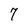
Character: 7